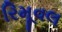
રિમૂવલ